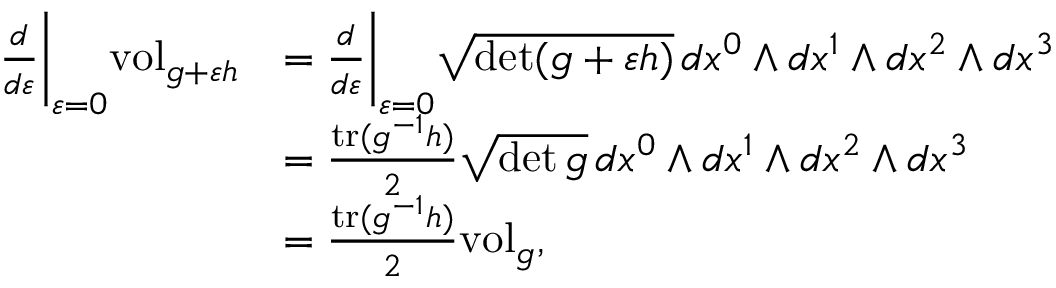
\begin{array} { r l } { \frac { d } { d \varepsilon } \bigg \vert _ { \varepsilon = 0 } \mathrm { v o l } _ { g + \varepsilon h } } & { = \frac { d } { d \varepsilon } \bigg \vert _ { \varepsilon = 0 } \sqrt { \operatorname* { d e t } ( g + \varepsilon h ) } \, d x ^ { 0 } \wedge d x ^ { 1 } \wedge d x ^ { 2 } \wedge d x ^ { 3 } } \\ & { = \frac { \mathrm { t r } ( g ^ { - 1 } h ) } { 2 } \sqrt { \operatorname* { d e t } g } \, d x ^ { 0 } \wedge d x ^ { 1 } \wedge d x ^ { 2 } \wedge d x ^ { 3 } } \\ & { = \frac { \mathrm { t r } ( g ^ { - 1 } h ) } { 2 } \mathrm { v o l } _ { g } , } \end{array}